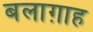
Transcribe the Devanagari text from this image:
बलाग़ाह